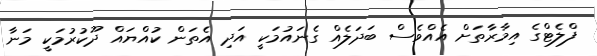
ފްލެޓްގެ އިމާރާތަށް އެއްވެސް ބަދަލެއް ގެނައުމަކީ އަދި އެތަން ކުއްޔައް ދޫކުރުމަކީ މަނާ